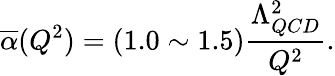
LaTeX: \overline{{{\alpha}}}(Q^{2})=(1.0\sim 1.5){\frac{\Lambda_{QCD}^{2}}{Q^{2}}}.